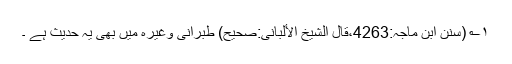
۱؎ (سنن ابن ماجہ:4263،قال الشیخ الألبانی:صحیح) طبرانی وغیرہ میں بھی یہ حدیث ہے ۔